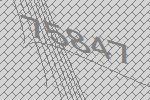
75847